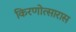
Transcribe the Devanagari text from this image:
किरणोत्सारास